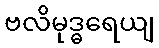
ဗလိမုဒ္ဓရေယျ